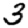
Digit: 3